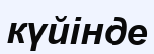
күйінде